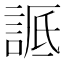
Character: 𬢬